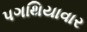
પગથિયાવાર